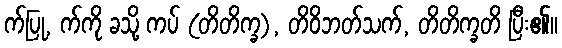
က်ပြု, က်ကို ခသို့ ကပ် (တိတိက္ခ), တိဝိဘတ်သက်, တိတိက္ခတိ ပြီး၏။